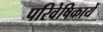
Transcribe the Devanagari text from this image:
परिवेषिकायें